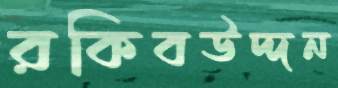
রকিবউদ্দন